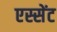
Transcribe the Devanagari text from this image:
एस्सेंट